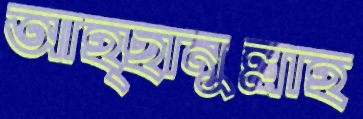
আহ্ছানুল্লাহ